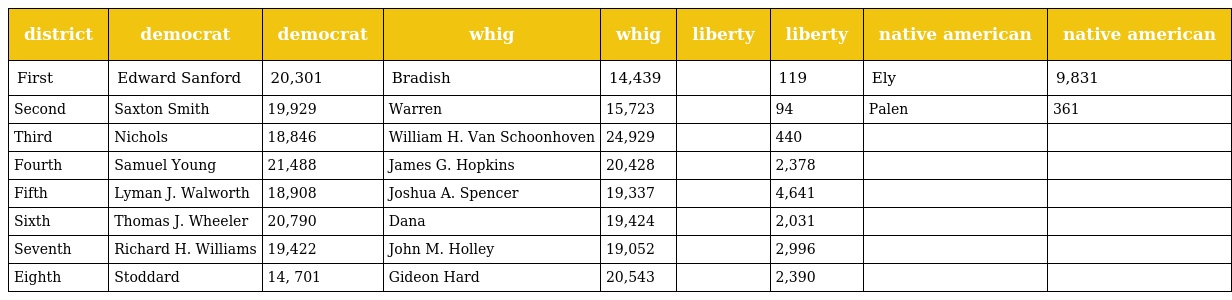
| district | democrat | democrat | whig | whig | liberty | liberty | native american | native american |
 | --- | --- | --- | --- | --- | --- | --- | --- | --- |
 | First | Edward Sanford | 20,301 | Bradish | 14,439 |  | 119 | Ely | 9,831 |
 | Second | Saxton Smith | 19,929 | Warren | 15,723 |  | 94 | Palen | 361 |
 | Third | Nichols | 18,846 | William H. Van Schoonhoven | 24,929 |  | 440 |  |  |
 | Fourth | Samuel Young | 21,488 | James G. Hopkins | 20,428 |  | 2,378 |  |  |
 | Fifth | Lyman J. Walworth | 18,908 | Joshua A. Spencer | 19,337 |  | 4,641 |  |  |
 | Sixth | Thomas J. Wheeler | 20,790 | Dana | 19,424 |  | 2,031 |  |  |
 | Seventh | Richard H. Williams | 19,422 | John M. Holley | 19,052 |  | 2,996 |  |  |
 | Eighth | Stoddard | 14, 701 | Gideon Hard | 20,543 |  | 2,390 |  |  |